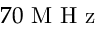
7 0 \mathrm { ~ M ~ H ~ z ~ }